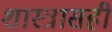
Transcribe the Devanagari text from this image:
शास्त्रासही